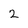
Character: 2